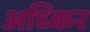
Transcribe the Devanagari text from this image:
अध्किर